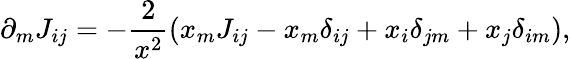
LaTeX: \partial_{m}J_{ij}=-\frac{2}{x^{2}}(x_{m}J_{ij}-x_{m}\delta_{ij}+x_{i}\delta_{jm}+x_{j}\delta_{im}),